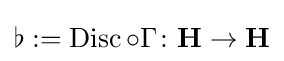
\flat :=\operatorname {Disc} \circ \Gamma \colon \mathbf {H} \rightarrow \mathbf {H}